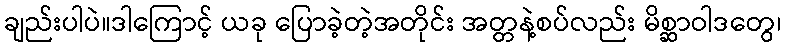
ချည်းပါပဲ။ဒါကြောင့် ယခု ပြောခဲ့တဲ့အတိုင်း အတ္တနဲ့စပ်လည်း မိစ္ဆာဝါဒတွေ၊